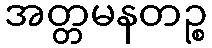
အတ္တမနတဉ္စ